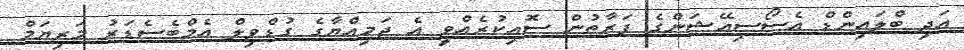
އަދި ބްލައިންޑް އެސޯސިއޭޝަންގެ ފަރާތުން ސޮއިކުރެއްވީ އެ ޖަމިއްޔާގެ ގުޑްވިލް އެމްބެސެޑަރު މަރިޔަމް